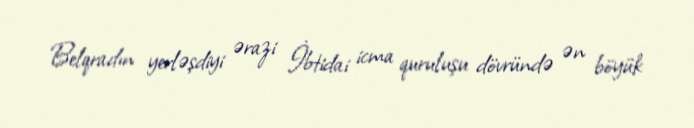
Belqradın yerləşdiyi ərazi İbtidai icma quruluşu dövründə ən böyük